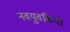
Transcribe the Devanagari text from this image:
नवयुवकियों